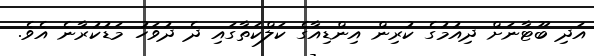
އަދި ބޫޓާނަށް ދިއުމުގެ ކުރިން އިންޑިއާގެ ކަލްކަތާގައި ދެ ދުވަހު މަޑުކުރާނެ އެވެ.